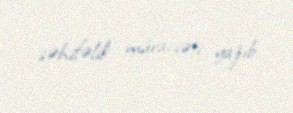
səhifəlik müraciəti yazıb.